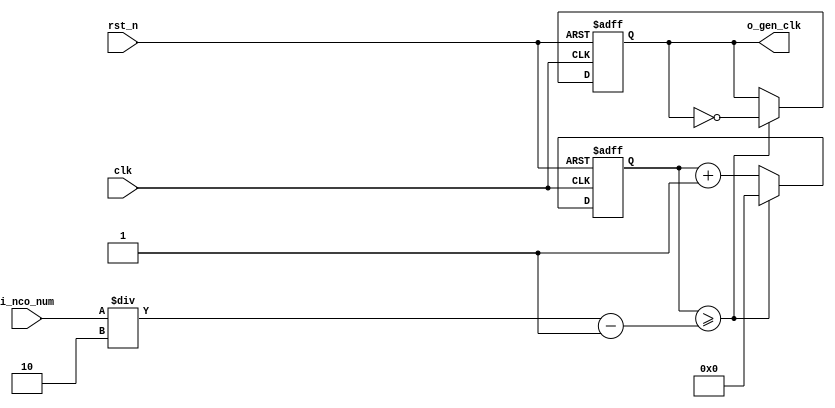
module	nco(	
		o_gen_clk,
		i_nco_num,
		clk,
		rst_n);

output		o_gen_clk	;	// 1Hz CLK

input	[31:0]	i_nco_num	;
input		clk		;	// 50Mhz CLK
input		rst_n		;

reg	[31:0]	cnt		;
reg		o_gen_clk	;

always @(posedge clk or negedge rst_n) begin
	if(rst_n == 1'b0) begin
		cnt		<= 32'd0;
		o_gen_clk	<= 1'd0	;
	end else begin
		if(cnt >= i_nco_num/2-1) begin
			cnt 	<= 32'd0;
			o_gen_clk	<= ~o_gen_clk;
		end else begin
			cnt <= cnt + 1'b1;
		end
	end
end

endmodule